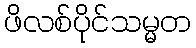
ဖိလစ်ပိုင်သမ္မတ